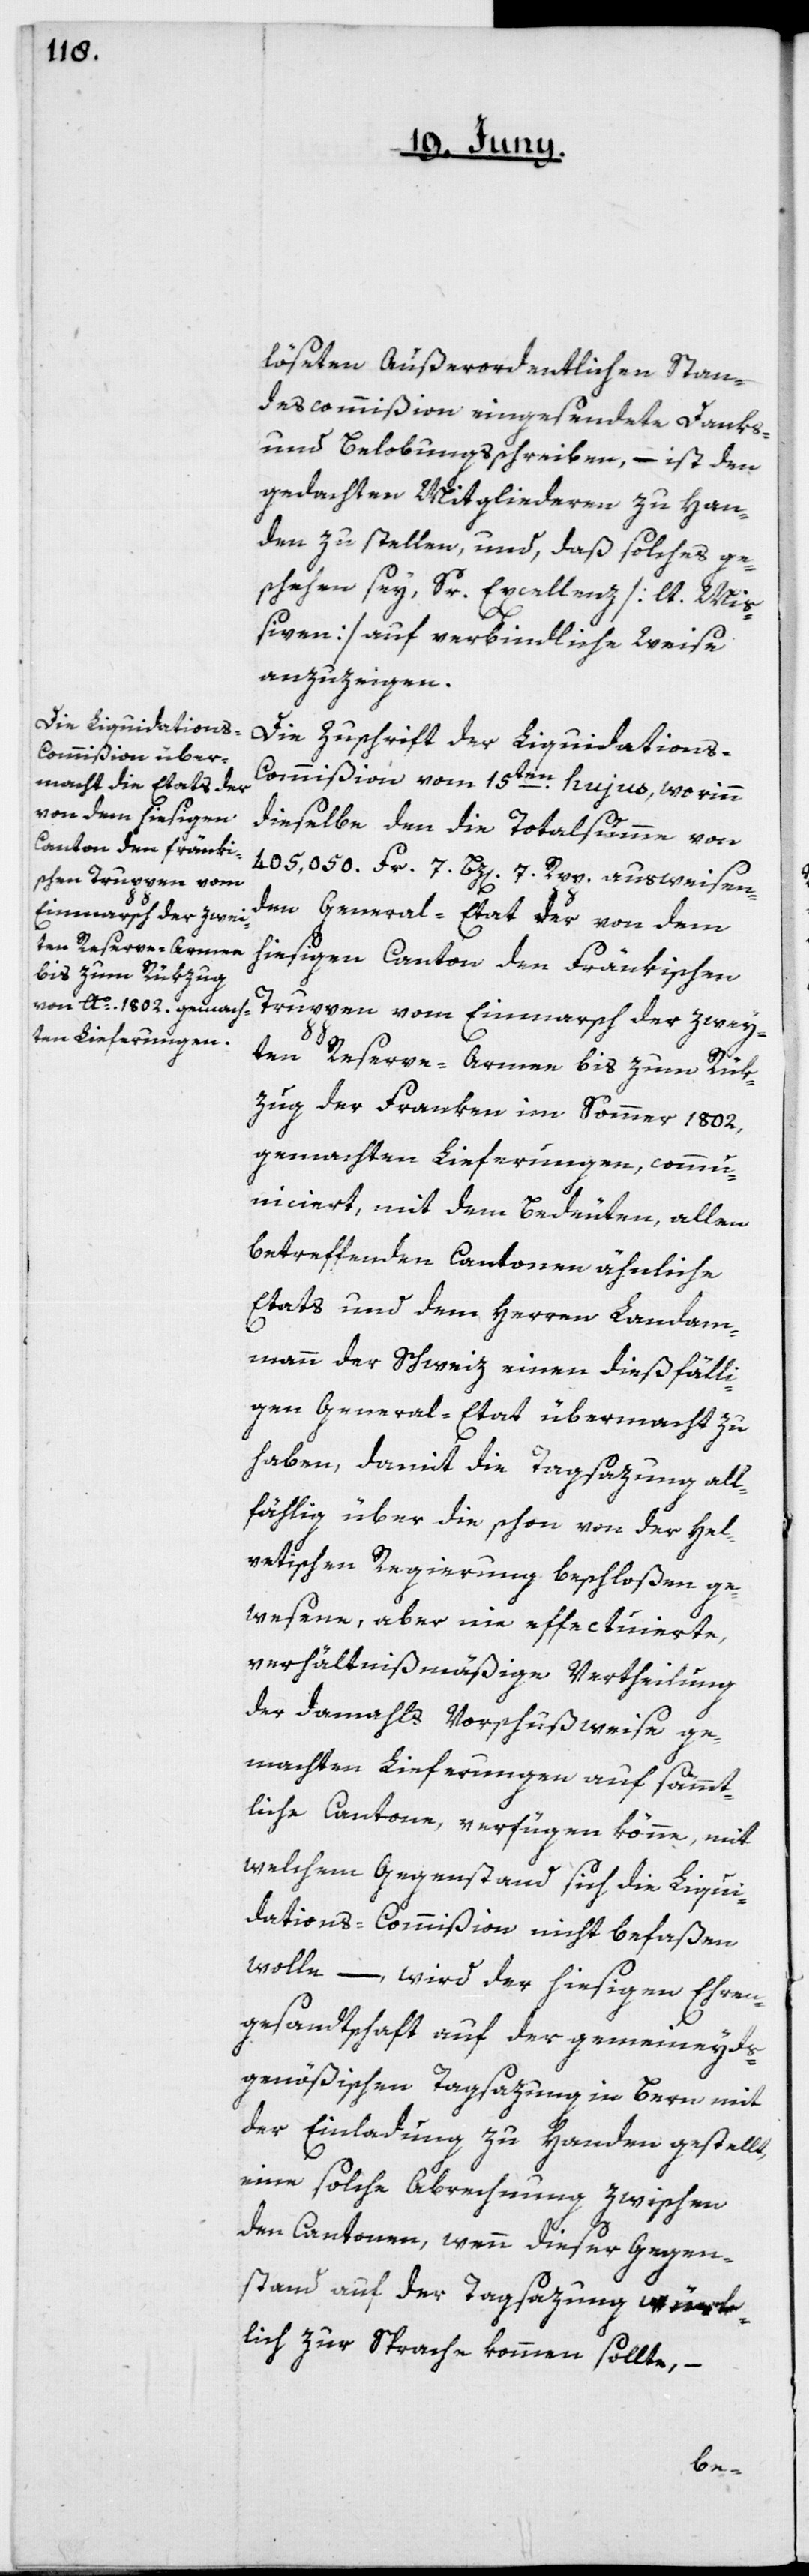
löseten außerordentlichen Stan¬
descommißion eingesendete Danks-
und Belobungsschreiben, – ist den
gedachten Mitgliederen zu Han¬
den zu stellen, und daß solches ge¬
schehen sey, Sr. Excellenz [lt. Mi¬
ßiven] auf verbindliche Weise
anzuzeigen.
Die Zuschrift der Liquidations-C¬
ommißion vom 15ten hujus, worinn
dieselbe den die Totalsumme von
405,050 Fr. 7 Bz[en]. 7. Rpp. ausweisen¬
den General-Etat der von dem
hiesigen Canton den Fränkischen
Truppen vom Einmarsch der zwey¬
ten Reserve-Armee bis zum Rük¬
zug der Franken im Sommer 1802,
gemachten Lieferungen, commu¬
niciert, mit dem Bedeuten, allen
betreffenden Cantonen ähnliche
Etats und dem Herren Landam¬
mann der Schweiz einen dießfälli¬
gen General-Etat übermacht zu
haben, damit die Tagsazung all¬
fählig über die schon von der Hel¬
vetischen Regierung beschloßen ge¬
wesene, aber nie effectuierte,
verhältnißmäßige Vertheilung
der damahls vorschußweise ge¬
machten Lieferungen auf sämmt¬
liche Cantone verfügen könne, mit
welchem Gegenstand sich die Liqui¬
dations-Commißion nicht befaßen
wolle, – wird der hiesigen Ehren¬
gesandtschaft auf der gemeineyds¬
genößischen Tagsazung in Bern mit
der Einladung zu Handen gestellt,
eine solche Abrechnung zwischen
den Cantonen, wenn dieser Gegen¬
stand auf der Tagsazung würk¬
lich zur Sprache kommen sollte, –